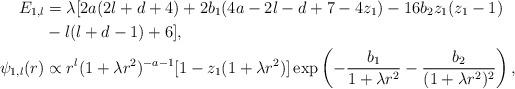
LaTeX: \begin{align*} E_{1,l} &= \lambda[2a(2l+d+4) + 2b_1(4a-2l-d+7-4z_1) - 16b_2z_1(z_1-1) \\ &{} - l(l+d-1) + 6], \\ \psi_{1,l}(r) &\propto r^l (1+\lambda r^2)^{-a-1} [1 - z_1(1+\lambda r^2)] \exp\left(- \frac{b_1}{1+\lambda r^2} - \frac{b_2}{(1+\lambda r^2)^2}\right),\end{align*}